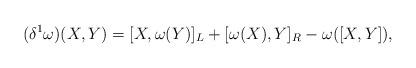
\begin{align*}(\delta^{1}\omega)(X,Y)=[X,\omega(Y)]_{L}+[\omega(X),Y]_{R}-\omega([X,Y]),\end{align*}